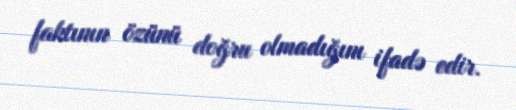
faktının özünü doğru olmadığını ifadə edir.